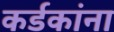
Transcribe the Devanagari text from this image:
कर्डकांना